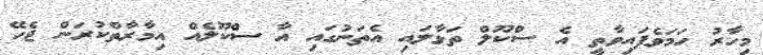
މިހާރު ހަމަވެފައިވާތީ އެ ސްކޫލް ތަޅާލައި އެތަނުގައި އާ ސްކޫލެއް އިމާރާތްކުރަން ޖެހޭ